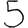
Digit: 5